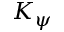
K _ { \psi }